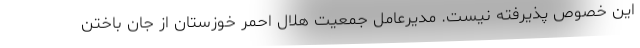
این خصوص پذیرفته نیست. مدیرعامل جمعیت هلال احمر خوزستان از جان باختن